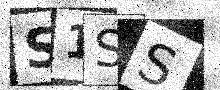
Text: S1SS